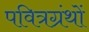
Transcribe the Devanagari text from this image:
पवित्रग्रंथों